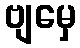
ဗျမှေ